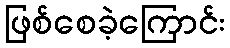
ဖြစ်စေခဲ့ကြောင်း